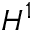
H ^ { 1 }